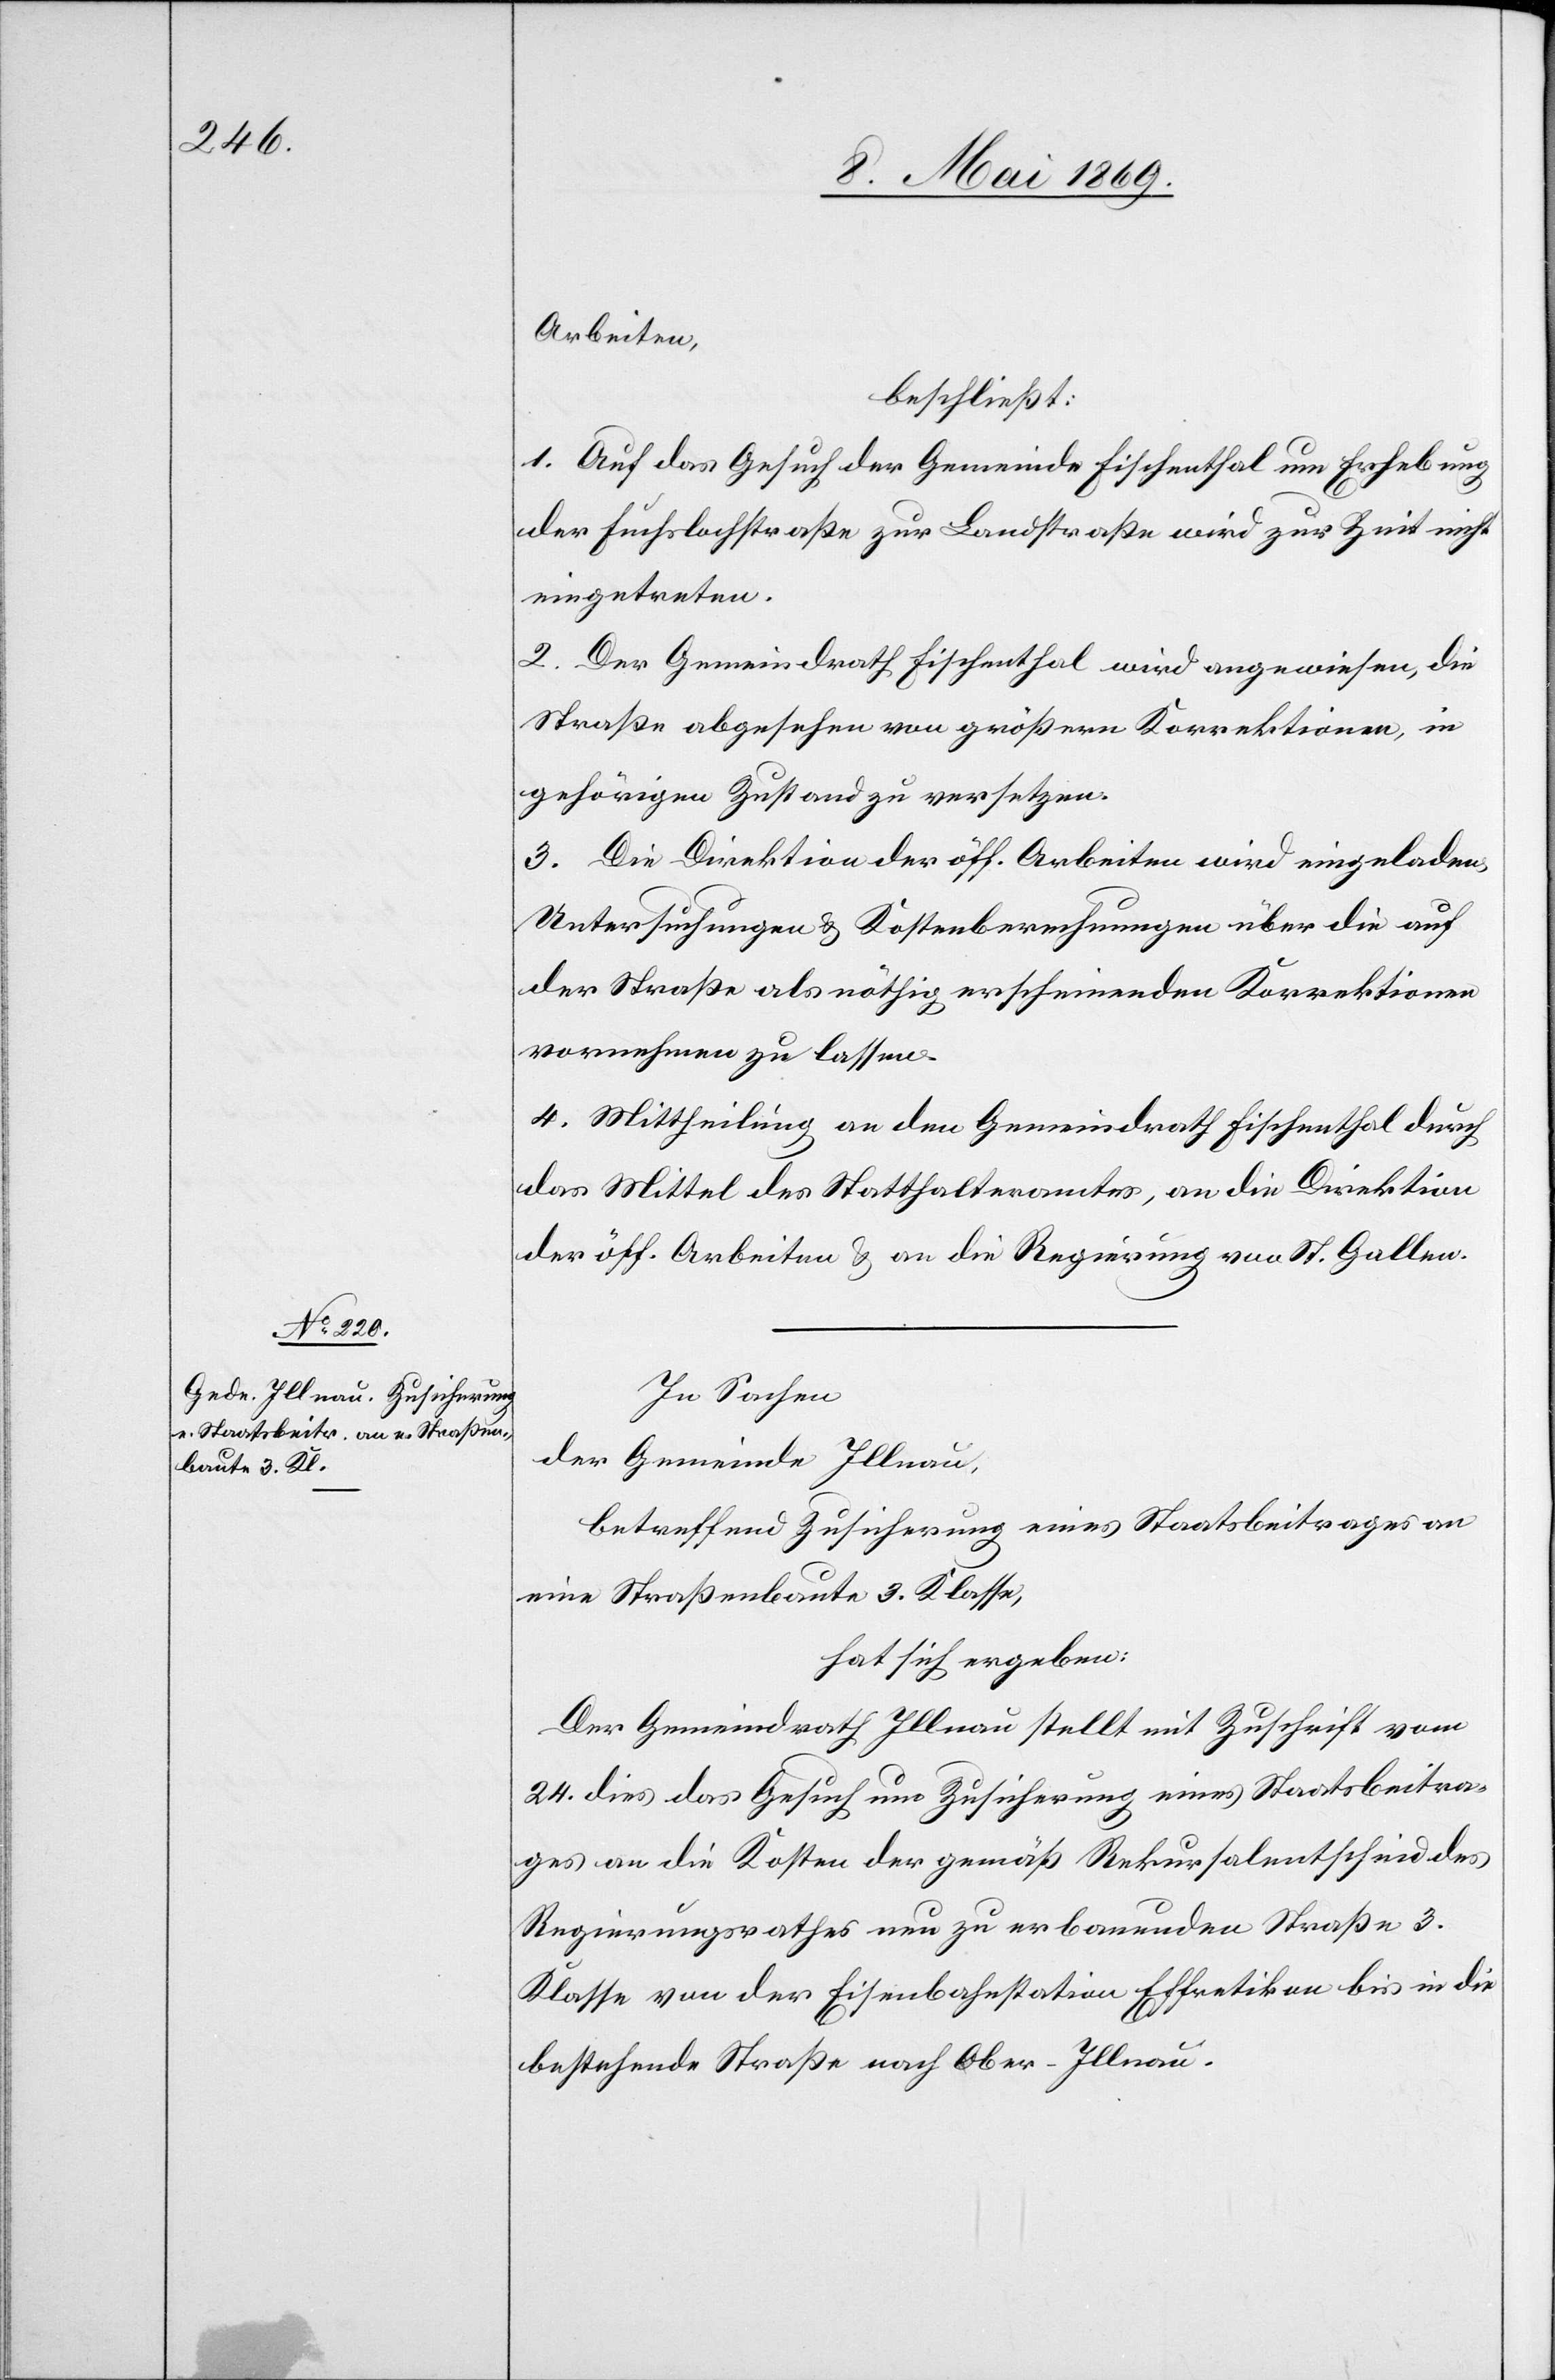
Arbeiten
beschließt:
1. Auf das Gesuch der Gemeinde Fischenthal um Erhebung
der Fuchslochstraße zur Landstraße wird zur Zeit nicht
eingetreten.
2. Der Gemeindrath Fischenthal wird angewiesen, die
Straße abgesehen von größern Korrektionen, in
gehörigen Zustand zu versetzen.
3. Die Direktion der öff. Arbeiten wird eingeladen,
Unterstützungen u. Kostenberechnungen über die auf
der Straße als nöthig erscheinenden Korrektionen
vornehmen zu lassen.
4. Mittheilung an den Gemeindrath Fischenthal durch
das Mittel des Statthalteramtes, an die Direktion
der öff. Arbeiten u. an die Regierung von St. Gallen.
In Sachen
der Gemeinde Illnau,
betreffend Zusicherung eines Staatsbeitrages an
eine Straßenbaute 3. Klasse,
hat sich ergeben:
Der Gemeindrath Illnau stellt mit Zuschrift vom
24. dies das Gesuch um Zusicherung eines Staatsbeitra¬
ges an die Kosten der gemäß Rekursalentscheid des
Regierungsrathes neu zu erbauenden Straße 3.
Klasse von der Eisenbahnstation Effretikon bis an die
bestehende Straße nach Ober-Illnau.